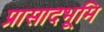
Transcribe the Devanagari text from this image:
प्रासादभूमि